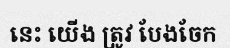
នេះ យើង ត្រូវ បែងចែក